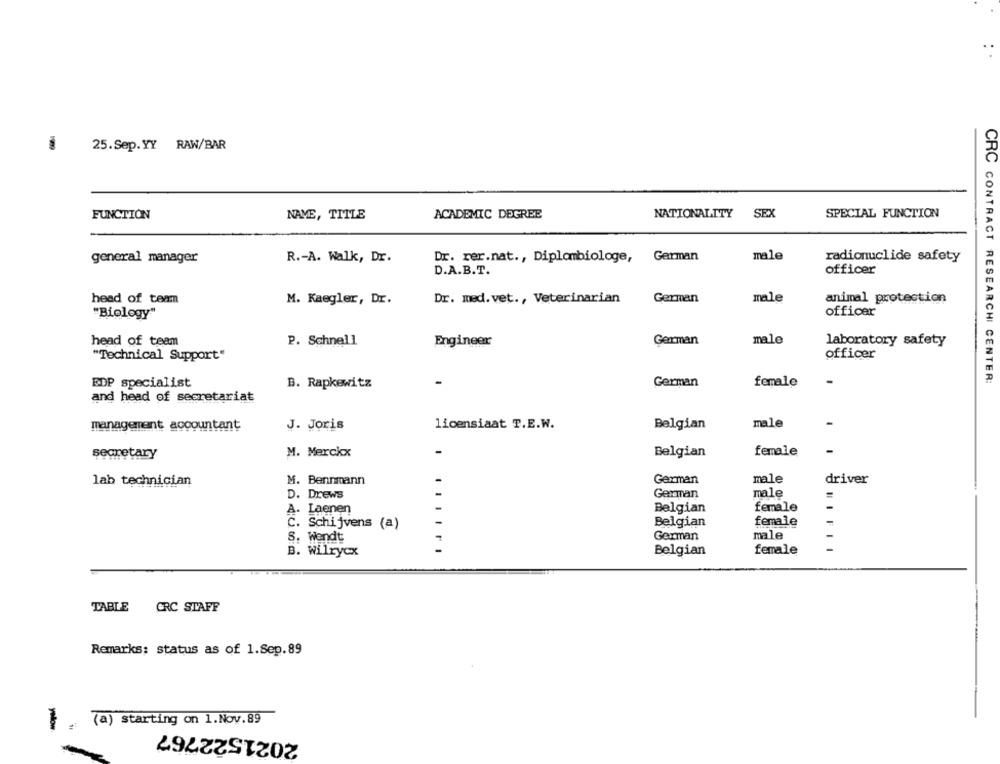
25.Sep.YY RAW/BAR
ACADEMIC DEGREE
NATIONALITY
SEX
SPECIAL FUNCTION
FUNCTION
NAVE, TITLE
general manager
R .- A. Walk, Dr.
Dr. rer.nat ., Diplombiologe,
German
male
radionuclide safety
D.A.B.T.
officer
Dr. med.vet ., Veterinarian
animal protection
head of team
M. Kaegler, Dr.
German
male
"Biology"
officer
head of team
P. Schnell
Engineer
German
male
laboratory safety
"Technical Support"
officer
EDP specialist
German
female
CRC CONTRACT RESEARCHI CENTER:
B. Rapkewitz
and head of secretariat
management accountant
J. Joris
licensiaat T.E.W.
Belgian
male
-
secretary
M. Merckx
Belgian
female
lab technician
M. Bennmann
German
male
driver
D. Drews
German
male
A. Laenen
Belgian
female
C. Schijvens (a)
Belgian
female
male
S. Wendt
German
female
B. Wilrycx
Belgian
TABLE CRC STAFF
Remarks: status as of 1.Sep.89
.(a) starting on 1.Nov.89
2021522767